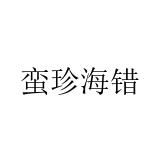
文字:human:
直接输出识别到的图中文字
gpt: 蛮珍海错